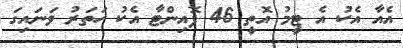
އެއާ އެކު އެ ޓީމު އޮތީ 46 ޕޮއިންޓާ އެކު ހަތަރު ވަނައިގަ